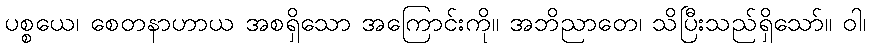
ပစ္စယေ၊ စေတနာဟာယ အစရှိသော အကြောင်းကို။ အဘိညာတေ၊ သိပြီးသည်ရှိသော်။ ဝါ၊